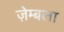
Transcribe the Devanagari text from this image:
ज़ेम्बला